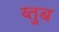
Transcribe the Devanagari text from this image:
य्तुब